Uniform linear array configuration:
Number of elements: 64
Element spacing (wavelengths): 0.75
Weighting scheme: exponential
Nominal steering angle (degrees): -30
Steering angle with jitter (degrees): -31.973
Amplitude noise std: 0.05
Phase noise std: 0.05

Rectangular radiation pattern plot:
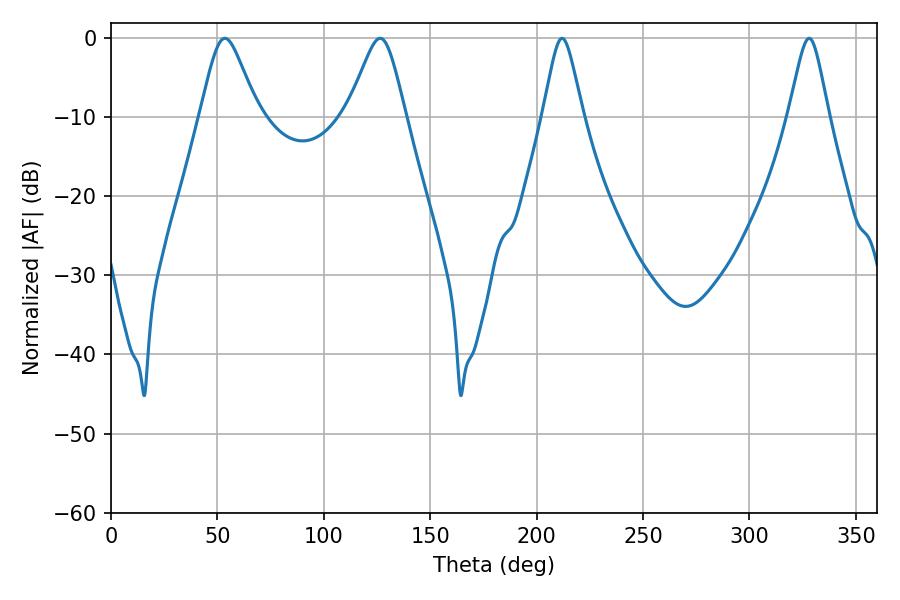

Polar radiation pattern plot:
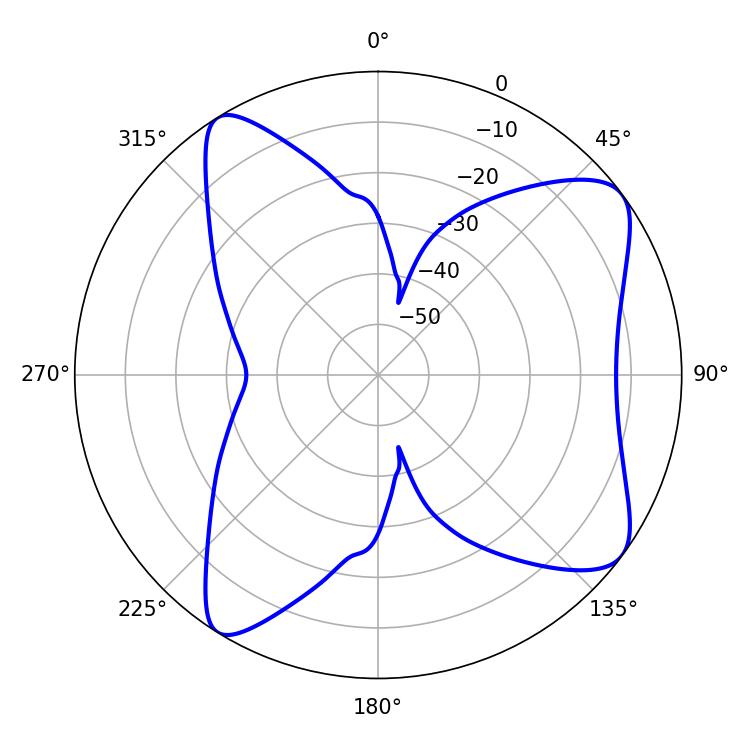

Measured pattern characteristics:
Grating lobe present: TRUE
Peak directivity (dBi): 8.665
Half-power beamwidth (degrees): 13.14
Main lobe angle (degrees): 53.46